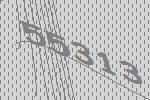
55313